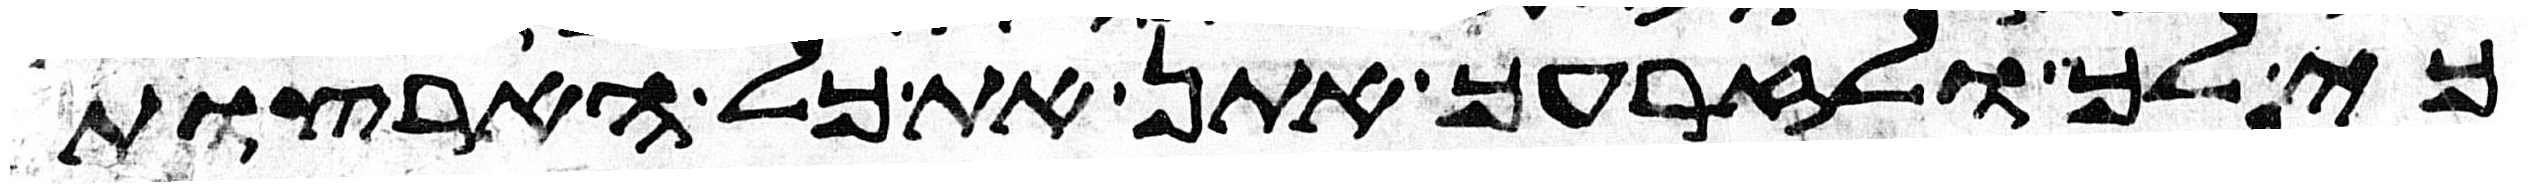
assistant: כי לך ולזרעך אתן את כל הארצות